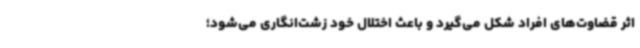
اثر قضاوت‌های افراد شکل می‌گیرد و باعث اختلال خود زشت‌انگاری می‌شود؛